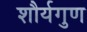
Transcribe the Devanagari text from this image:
शौर्यगुण